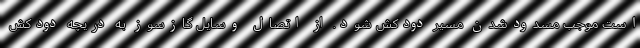
است موجب مسدودشدن مسیر دودکش شود. از اتصال وسایل گازسوز به دریچه دودکش